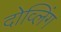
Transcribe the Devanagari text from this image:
दोव्लिंग